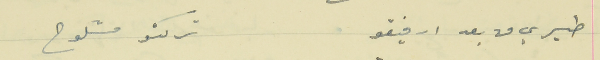
طيري من بعد ارفيقو                                 تركتو مشلوح